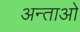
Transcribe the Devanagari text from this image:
अन्ताओ